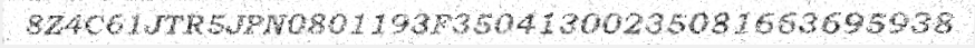
8Z4C61JTR5JPN0801193F35041300235081663695938